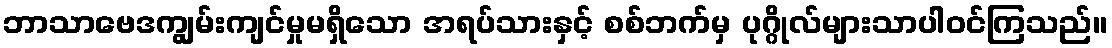
ဘာသာဗေဒကျွမ်းကျင်မှုမရှိသော အရပ်သားနှင့် စစ်ဘက်မှ ပုဂ္ဂိုလ်များသာပါဝင်ကြသည်။